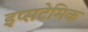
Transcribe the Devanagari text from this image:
इप्सटेमिक